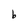
Character: b